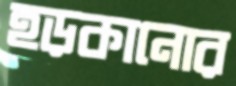
হড়কানোর